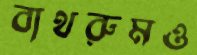
বাথরুমও